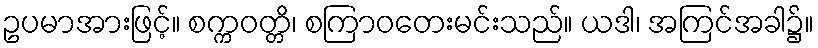
ဥပမာအားဖြင့်။ စက္ကဝတ္တိ၊ စကြာဝတေးမင်းသည်။ ယဒါ၊ အကြင်အခါ၌။